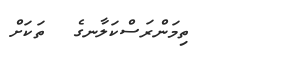
ތިމަންރަސްކަލާނގެ  ތަކަށް